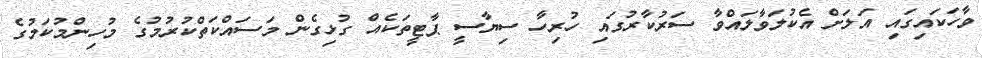
ވާހަކައިގައި އަލަށް އެކުލަވާލައްވާ ސަރުކާރުގައި ހުރިހާ ސިޔާސީ ޕާޓީތަކެއް ގުޅިގެން މަސައްކަތްކުރުމުގެ މުހިންމުކަމުގެ